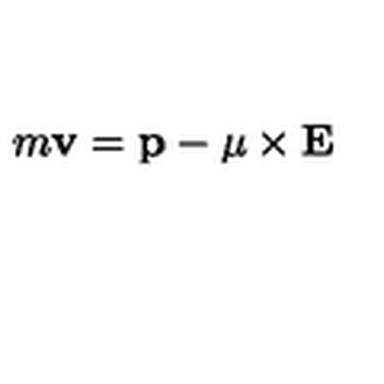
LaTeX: m { \bf v } = { \bf p } - { \bf \mu } \times { \bf E }